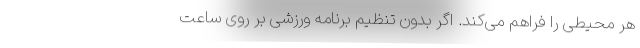
هر محیطی را فراهم می‌کند. اگر بدون تنظیم برنامه ورزشی بر روی ساعت